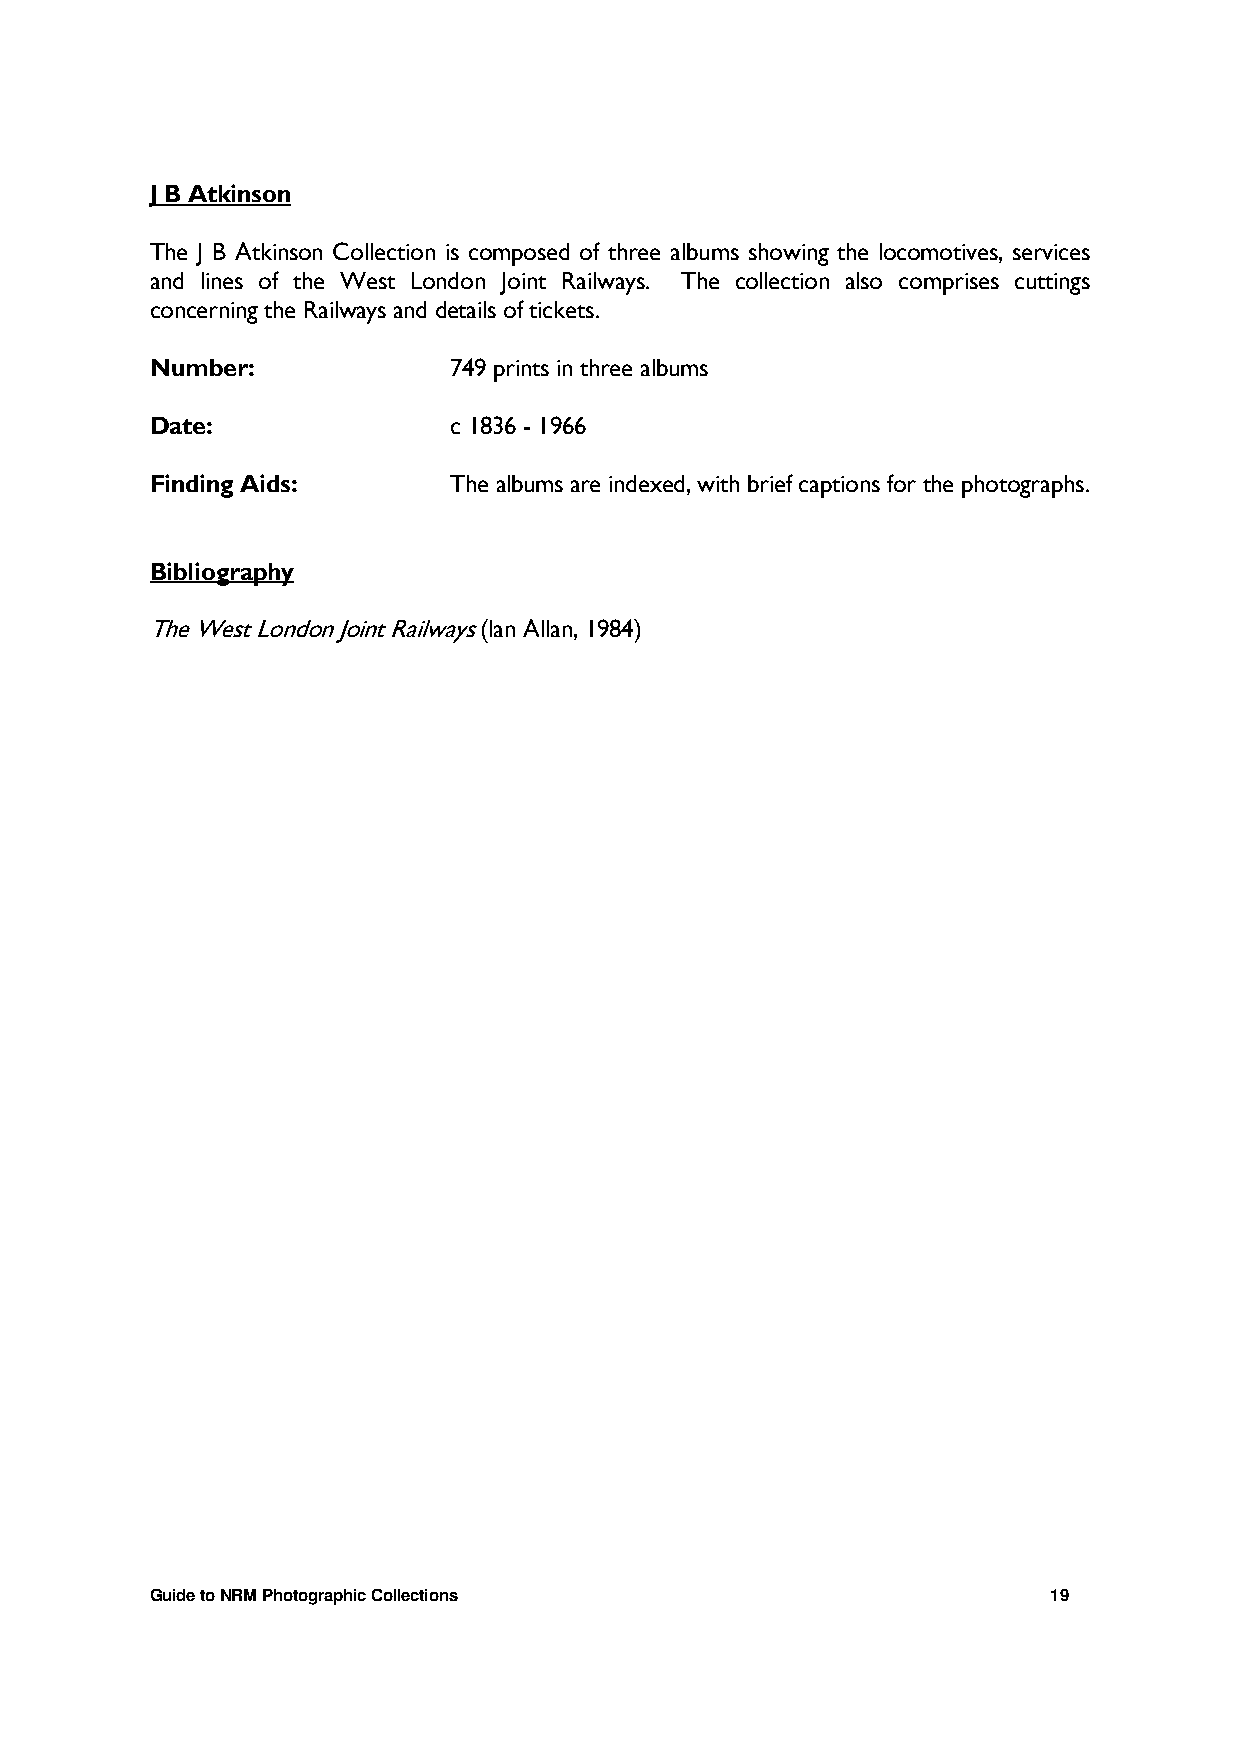
J B Atkinson
 The J B Atkinson Collection is composed of three albums showing the locomotives, services
 and lines of the West London Joint Railways. The collection also comprises cuttings
 concerning the Railways and details of tickets.
 Number:             749 prints in three albums
 Date:               c 1836 - 1966
 Finding Aids:       The albums are indexed, with brief captions for the photographs.
 Bibliography
 The West London Joint Railways (Ian Allan, 1984)
 Guide to NRM Photographic Collections                       19